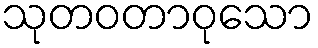
သုတဝတာဝုသော